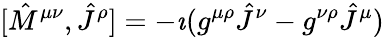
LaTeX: [{\hat{M}}^{\mu\nu},{\hat{J}}^{\rho}]=-\imath(g^{\mu\rho}{\hat{J}}^{\nu}-g^{\nu\rho}{\hat{J}}^{\mu})